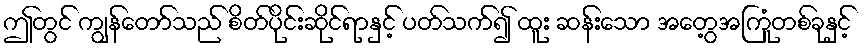
ဤတွင် ကျွန်တော်သည် စိတ်ပိုင်းဆိုင်ရာနှင့် ပတ်သက်၍ ထူး ဆန်းသော အတွေ့အကြုံတစ်ခုနှင့်